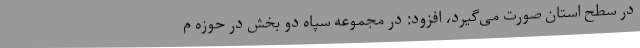
در سطح استان صورت می‌گیرد، افزود: در مجموعه سپاه دو بخش در حوزه م